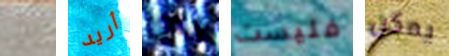
هنا أريد هذه فليست يمكن